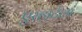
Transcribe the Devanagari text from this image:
एरहार्टला